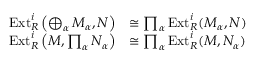
{ \begin{array} { r l } { \operatorname { E x t } _ { R } ^ { i } \left( \bigoplus _ { \alpha } M _ { \alpha } , N \right) } & { \cong \prod _ { \alpha } \operatorname { E x t } _ { R } ^ { i } ( M _ { \alpha } , N ) } \\ { \operatorname { E x t } _ { R } ^ { i } \left( M , \prod _ { \alpha } N _ { \alpha } \right) } & { \cong \prod _ { \alpha } \operatorname { E x t } _ { R } ^ { i } ( M , N _ { \alpha } ) } \end{array} }